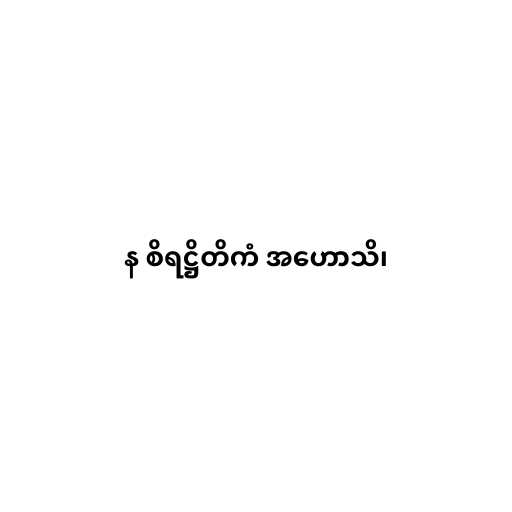
န စိရဋ္ဌိတိကံ အဟောသိ၊